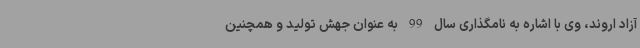
آزاد اروند، وی با اشاره به نامگذاری سال 99 به عنوان جهش تولید و همچنین